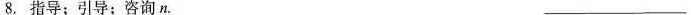
8.指导；引导；咨询n.___